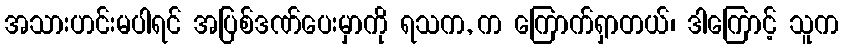
အသားဟင်းမပါရင် အပြစ်ဒဏ်ပေးမှာကို ရသက, က ကြောက်ရှာတယ်၊ ဒါကြောင့် သူက